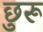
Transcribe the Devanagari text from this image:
छुरू